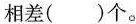
相差( )个。